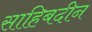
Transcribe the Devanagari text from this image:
साहिबदीन